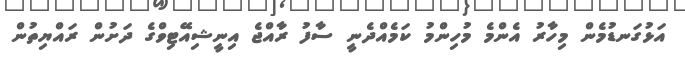
އަޅުގަނޑުމެން މިހާރު އެންމެ މުހިންމު ކަމެއްދެނީ ސާފު ރާއްޖެ އިނީޝިއޭޓިވްގެ ދަށުން ރައްޔިތުން